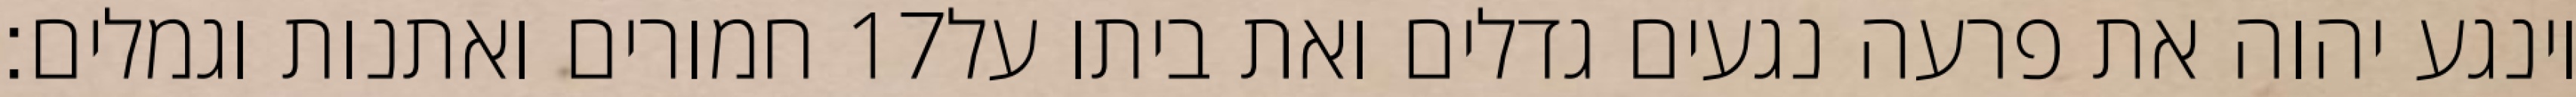
חמורים ואתנות וגמלים׃ ‎17‏ וינגע יהוה את פרעה נגעים גדלים ואת ביתו על